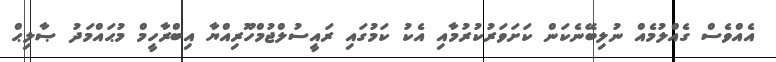
އެއްވެސް ގެއްލުމެއް ނުލިބޭނެކަން ކަށަވަރުކުރުމާއި އެކު ކަމުގައި ރައީސުލްޖުމްހޫރިއްޔާ އިބްރާހީމް މުޙައްމަދު ޞާލިޙް